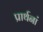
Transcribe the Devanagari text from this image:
प्रार्थनां